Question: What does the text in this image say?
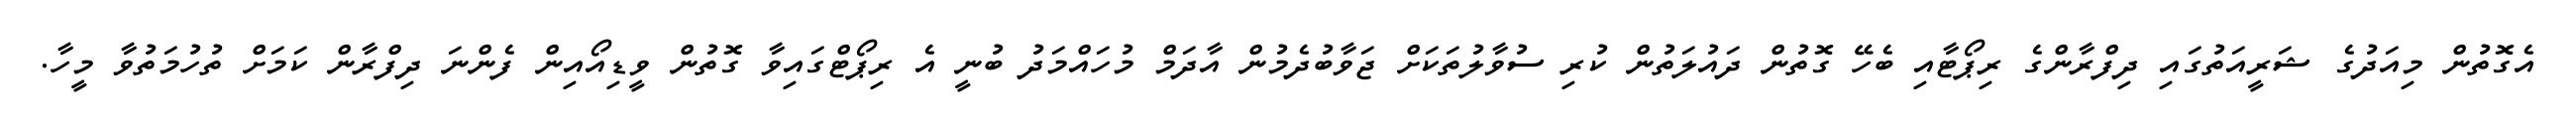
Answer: އެގޮތުން މިއަދުގެ ޝަރީއަތުގައި ދިފްރާންގެ ރިޕޯޓާއި ބެހޭ ގޮތުން ދައުލަތުން ކުރި ސުވާލުތަކަށް ޖަވާބުދެމުން އާދަމް މުހައްމަދު ބުނީ އެ ރިޕޯޓްގައިވާ ގޮތުން ވީޑިއޯއިން ފެންނަ ދިފްރާން ކަމަށް ތުހުމަތުވާ މީހާ.